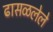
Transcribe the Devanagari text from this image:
ढासळलेले